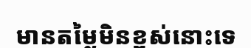
មានតម្លៃមិនខ្ពស់នោះទេ